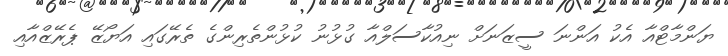
ޔަންމާޓްއާ އެކު އަންނަ ސީޒަނަށް ނިއުކާސަލްއާ ގުޅުނު ކުޅުންތެރިންގެ ތެރޭގައި އަޔޯޒޭ ޕެރޭޒްއާއި